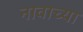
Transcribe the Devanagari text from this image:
नावाच्‍या